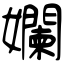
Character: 孄